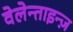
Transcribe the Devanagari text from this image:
वेलेन्ताइन्ज़